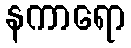
နကာရော